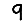
Digit: 9